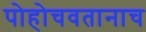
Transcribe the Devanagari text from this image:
पोहोचवतानाच